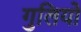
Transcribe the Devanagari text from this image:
गुलियो